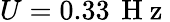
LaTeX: U=0.33\, \mathrm{~H~z~}